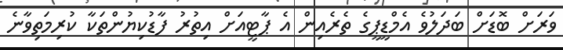
ވަރަށް ބޮޑަށް ބަދަލުވެ އެމްޑީޕީގެ ތެރެއިން އެ ޕާޓީއަަށް އިތުރު ފާޑުކިޔުންތަކާ ކުރިމަތިވާނެ